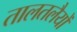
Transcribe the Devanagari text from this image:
तालतलैयों